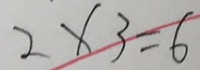
2 \times 3 = 6